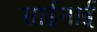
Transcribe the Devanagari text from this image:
साईनाई